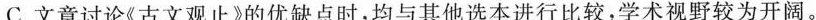
C.文章讨论《古文观止》的优缺点时，均与其他选本进行比较，学术视野较为开阔。